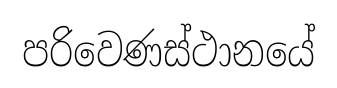
පරිවෙණස්ථානයේ